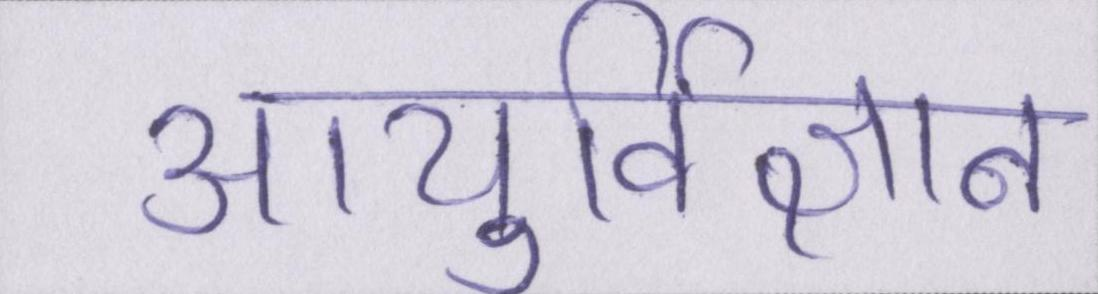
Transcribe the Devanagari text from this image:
आयुर्विज्ञान